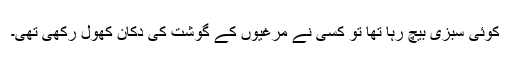
کوئی سبزی بیچ رہا تھا تو کسی نے مرغیوں کے گوشت کی دکان کھول رکھی تھی۔